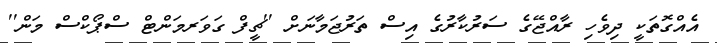
އެއްގޮތަކީ ދިވެހި ރާއްޖޭގެ ސަރުކާރުގެ އިސް ތަރުޖަމާނަށް ''ޗީފް ގަވަރމަންޓް ސްޕޯކްސް މަން''